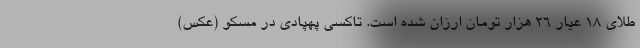
طلای ۱۸ عیار ۲۶ هزار تومان ارزان شده است. تاکسی پهپادی در مسکو (عکس)